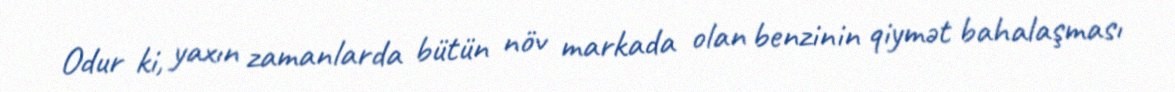
Odur ki, yaxın zamanlarda bütün növ markada olan benzinin qiymət bahalaşması